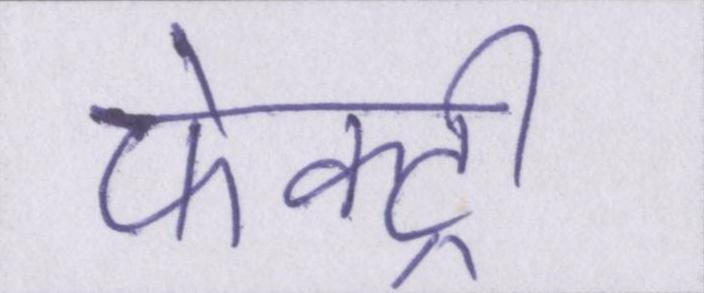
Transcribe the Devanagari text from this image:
फेक्ट्री